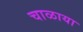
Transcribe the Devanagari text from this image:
चाळाया